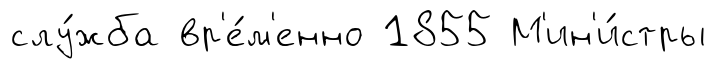
слу́жба вр'е́м'енно 1855 М'ин'и́стры